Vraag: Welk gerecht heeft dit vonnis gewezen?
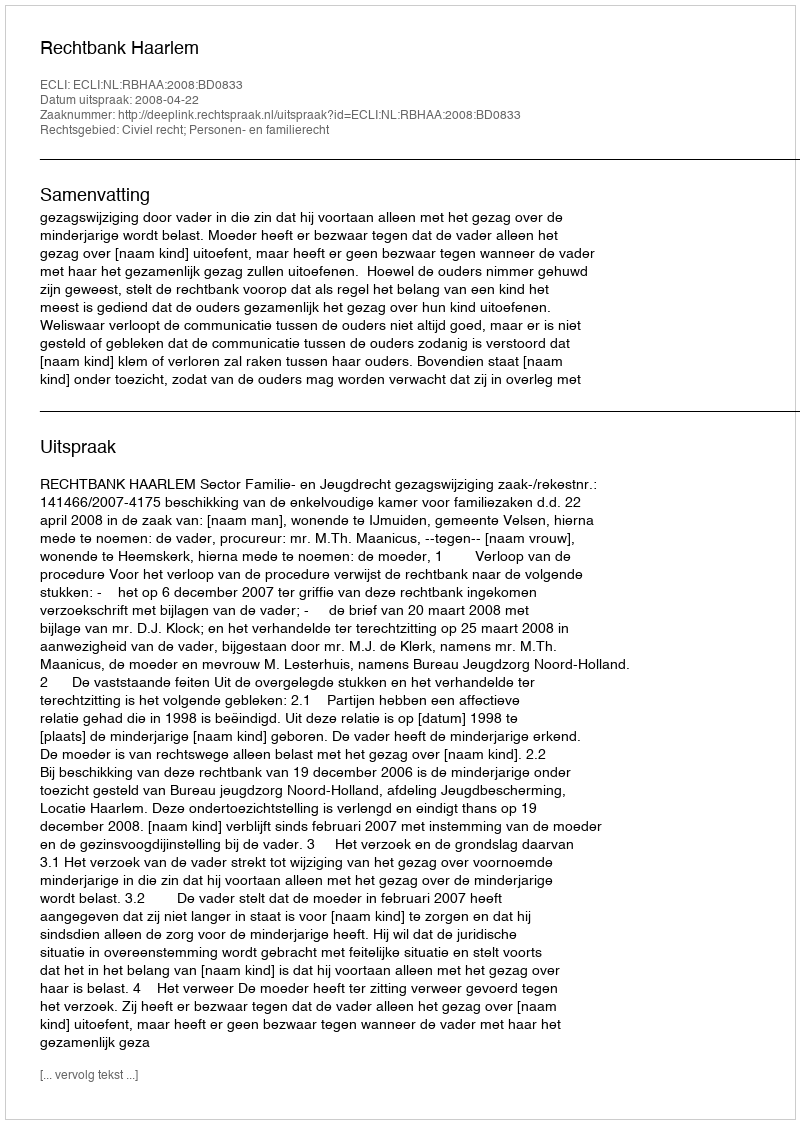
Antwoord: Rechtbank Haarlem